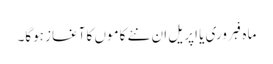
ماہ فبروری یا اپریل ان نئے کاموں کا آغاز ہوگا۔